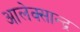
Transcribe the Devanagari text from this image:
आलेक्सान्द्र